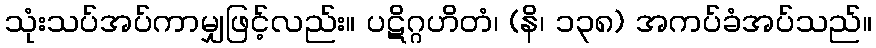
သုံးသပ်အပ်ကာမျှဖြင့်လည်း။ ပဋိဂ္ဂဟိတံ၊ (နိ၊ ၁၃၈) အကပ်ခံအပ်သည်။